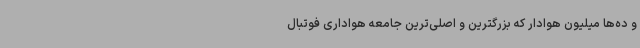
و ده‌ها میلیون هوادار که بزرگترین و اصلی‌ترین جامعه هواداری فوتبال